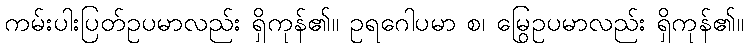
ကမ်းပါးပြတ်ဥပမာလည်း ရှိကုန်၏။ ဥရဂေါပမာ စ၊ မြွေဥပမာလည်း ရှိကုန်၏။